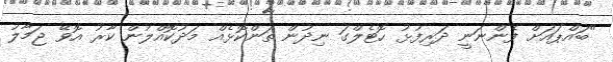
"ބައްޕައަށް ފެންނަނީ ދަރިފުޅު ހޮޓެލްގަ ނިދުން ތަންކޮޅެއް މަދުކޮއްލުން ކާރު އޮވޭ ޖަމާލު